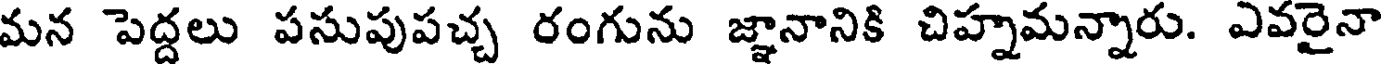
మన పెద్దలు పసుపుపచ్చ రంగును జ్ఞానానికి చిహ్నమన్నారు. ఎవరైనా